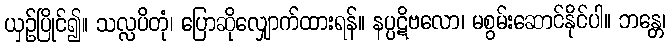
ယှဉ်ပြိုင်၍။ သလ္လပိတုံ၊ ပြောဆိုလျှောက်ထားရန်။ နပ္ပဋိဗလော၊ မစွမ်းဆောင်နိုင်ပါ။ ဘန္တေ၊